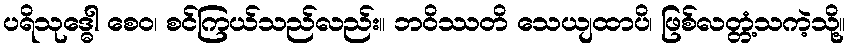
ပရိသုဒ္ဓေါ စေဝ၊ စင်ကြယ်သည်လည်း။ ဘဝိဿတိ သေယျထာပိ၊ ဖြစ်လတ္တံ့သကဲ့သို့။